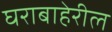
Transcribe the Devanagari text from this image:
घराबाहेरील